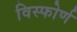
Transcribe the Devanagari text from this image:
विस्फोर्ण